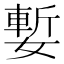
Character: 㜞